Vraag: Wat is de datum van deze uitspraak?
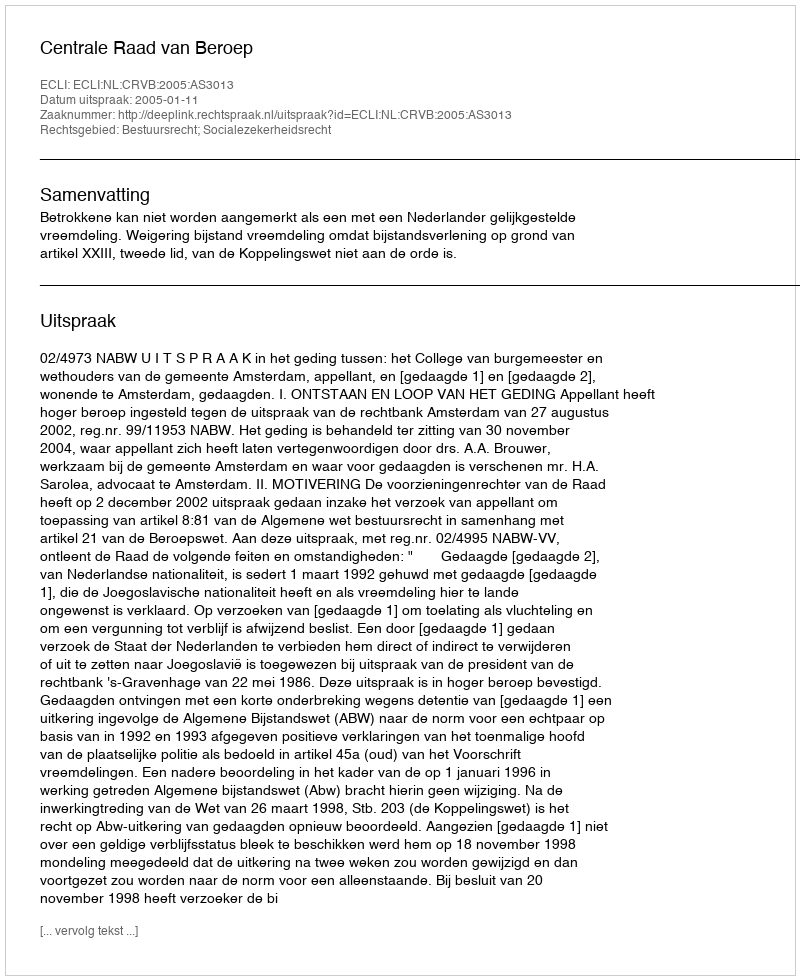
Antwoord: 2005-01-11